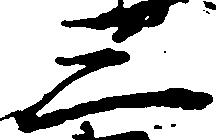
三